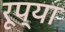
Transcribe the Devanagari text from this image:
रूप्या